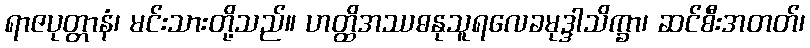
ရာဇပုတ္တာနံ၊ မင်းသားတို့သည်။ ဟတ္ထိအဿဓနုသူရလေခမုဒ္ဒါသိက္ခာ၊ ဆင်စီးအတတ်၊